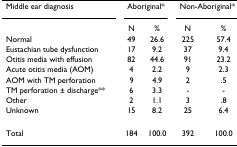
<table><thead><tr><td><b>Middle ear diagnosis</b></td><td colspan="2"><b>Aboriginal*</b></td><td colspan="2"><b>Non-Aboriginal*</b></td></tr><tr><td></td><td><b>N</b></td><td><b>%</b></td><td><b>N</b></td><td><b>%</b></td></tr><tr><td><b>Normal</b></td><td><b>49</b></td><td><b>26.6</b></td><td><b>225</b></td><td><b>57.4</b></td></tr><tr><td><b>Eustachian tube dysfunction</b></td><td><b>17</b></td><td><b>9.2</b></td><td><b>37</b></td><td><b>9.4</b></td></tr><tr><td><b>Otitis media with effusion</b></td><td><b>82</b></td><td><b>44.6</b></td><td><b>91</b></td><td><b>23.2</b></td></tr><tr><td><b>Acute otitis media (AOM)</b></td><td><b>4</b></td><td><b>2.2</b></td><td><b>9</b></td><td><b>2.3</b></td></tr><tr><td><b>AOM with TM perforation</b></td><td><b>9</b></td><td><b>4.9</b></td><td><b>2</b></td><td><b>.5</b></td></tr><tr><td><b>TM perforation ± discharge**</b></td><td><b>6</b></td><td><b>3.3</b></td><td><b>-</b></td><td><b>-</b></td></tr><tr><td><b>Other</b></td><td><b>2</b></td><td><b>1.1</b></td><td><b>3</b></td><td><b>.8</b></td></tr><tr><td><b>Unknown</b></td><td><b>15</b></td><td><b>8.2</b></td><td><b>25</b></td><td><b>6.4</b></td></tr></thead><tbody><tr><td>Total</td><td>184</td><td>100.0</td><td>392</td><td>100.0</td></tr></tbody></table>